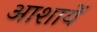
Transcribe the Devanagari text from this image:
आशायें